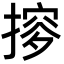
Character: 摉